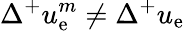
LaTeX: \Delta^{+}u_{\mathrm{e}}^{m}\ne\Delta^{+}u_{\mathrm{e}}